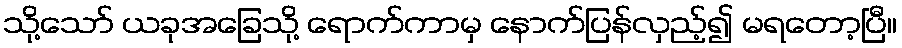
သို့သော် ယခုအခြေသို့ ရောက်ကာမှ နောက်ပြန်လှည့်၍ မရတော့ပြီ။